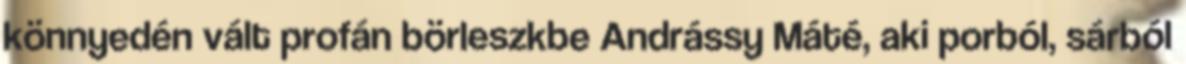
könnyedén vált profán börleszkbe Andrássy Máté, aki porból, sárból